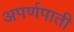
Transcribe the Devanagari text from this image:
अपर्णपाती